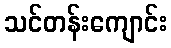
သင်တန်းကျောင်း